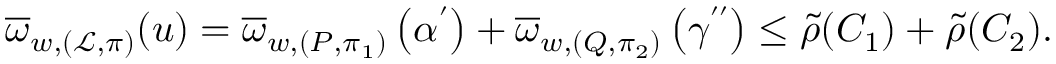
\overline { { \omega } } _ { w , ( \mathcal { L } , \pi ) } ( \boldsymbol { u } ) = \overline { { \omega } } _ { w , ( P , \pi _ { 1 } ) } \left( \boldsymbol { \alpha ^ { \prime } } \right) + \overline { { \omega } } _ { w , ( Q , \pi _ { 2 } ) } \left( \boldsymbol { \gamma ^ { \prime \prime } } \right) \leq \tilde { \rho } ( C _ { 1 } ) + \tilde { \rho } ( C _ { 2 } ) .